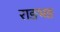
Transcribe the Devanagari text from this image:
राङभङ